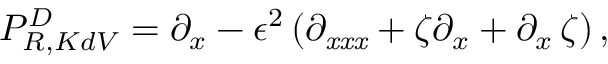
P _ { R , K d V } ^ { D } = \partial _ { x } - \epsilon ^ { 2 } \left( \partial _ { { { \it x x x } } } + \zeta \partial _ { x } + \partial _ { x } \, \zeta \right) ,